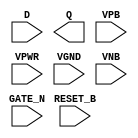
module sky130_fd_sc_hdll__dlrtn (
    //# {{data|Data Signals}}
    input  D      ,
    output Q      ,

    //# {{control|Control Signals}}
    input  RESET_B,

    //# {{clocks|Clocking}}
    input  GATE_N ,

    //# {{power|Power}}
    input  VPB    ,
    input  VPWR   ,
    input  VGND   ,
    input  VNB
);
endmodule